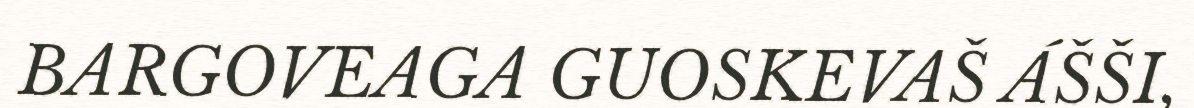
BARGOVEAGA GUOSKEVAŠ ÁŠŠI,